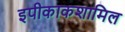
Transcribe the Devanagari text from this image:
इपीकाकशामिल